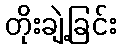
တိုးချဲ့ခြင်း